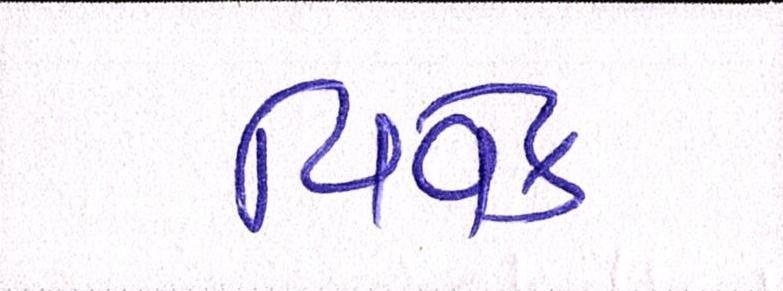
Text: વિવેક